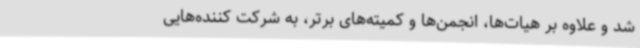
شد و علاوه بر هیات‌ها، انجمن‌ها و کمیته‌های برتر، به شرکت کننده‌هایی